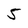
Character: 5